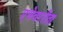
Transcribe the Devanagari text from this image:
एचेवररीता